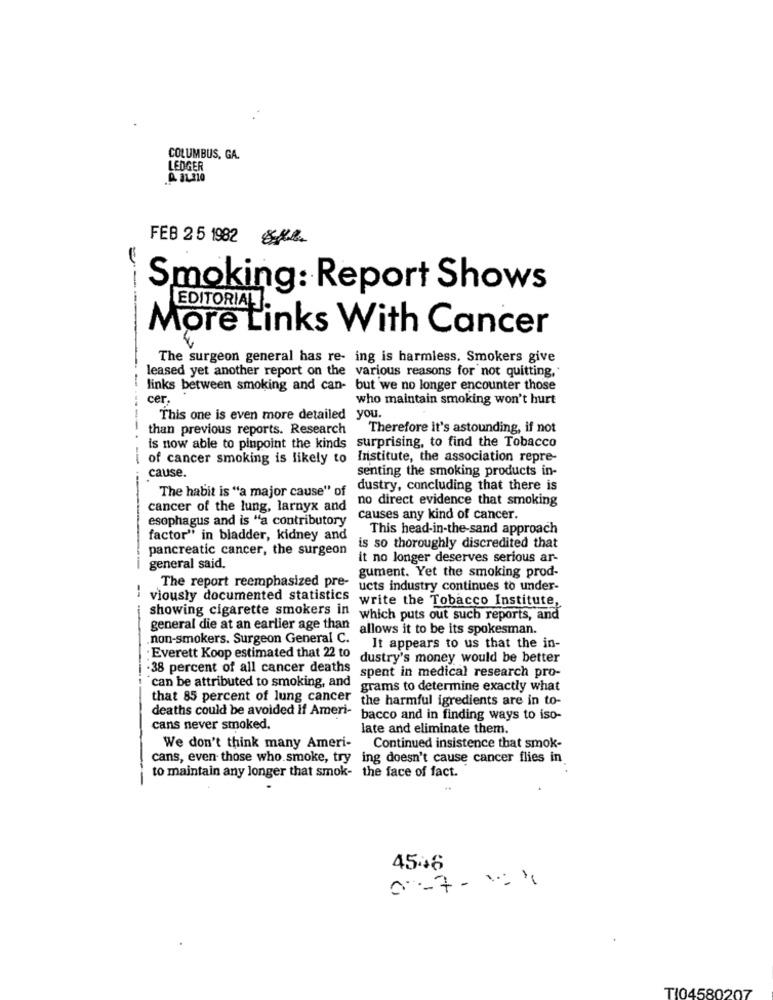
COLUMBUS, GA.
LEDGER
.A 11.210
FEB 2 5 1982 882
Smoking: Report Shows
EDITORIAL].
More Links With Cancer
The surgeon general has re- ing is harmless. Smokers give
leased yet another report on the various reasons for not quitting,
links between smoking and can- but we no longer encounter those
cer.
who maintain smoking won't hurt
--
This one is even more detailed you.
than previous reports. Research
Therefore it's astounding, if not
is now able to pinpoint the kinds surprising, to find the Tobacco
---
of cancer smoking is likely to Institute, the association repre-
senting the smoking products in-
cause.
--
dustry, concluding that there is
cancer of the lung, larnyx and no direct evidence that smoking
The habit is "a major cause" of
esophagus and is "a contributory
causes any kind of cancer.
This head-in-the-sand approach
factor" in bladder, kidney and
pancreatic cancer, the surgeon
is so thoroughly discredited that
it no longer deserves serious ar-
-
general said.
gument. Yet the smoking prod-
The report reemphasized pre-
ucts industry continues to under-
i viously documented statistics
write the Tobacco Institute,
showing cigarette smokers in
-
which puts out such reports, and
general die at an earlier age than
allows it to be its spokesman.
non-smokers. Surgeon General C.
It appears to us that the in-
Everett Koop estimated that 22 to
dustry's money would be better
.38 percent of all cancer deaths
spent in medical research pro-
can be attributed to smoking, and
grams to determine exactly what
that 85 percent of lung cancer
the harmful igredients are in to-
deaths could be avoided if Ameri-
bacco and in finding ways to iso-
cans never smoked.
late and eliminate them.
We don't think many Ameri-
Continued insistence that smok-
cans, even those who smoke, try ing doesn't cause cancer flies in
to maintain any longer that smok- the face of fact.
4546
T104580207